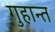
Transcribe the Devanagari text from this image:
गुहान्त